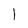
Character: 1